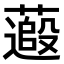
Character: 𫉽